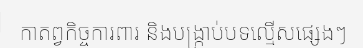
កាតព្វកិច្ចការពារ និងបង្ក្រាប់បទល្មើសផ្សេងៗ